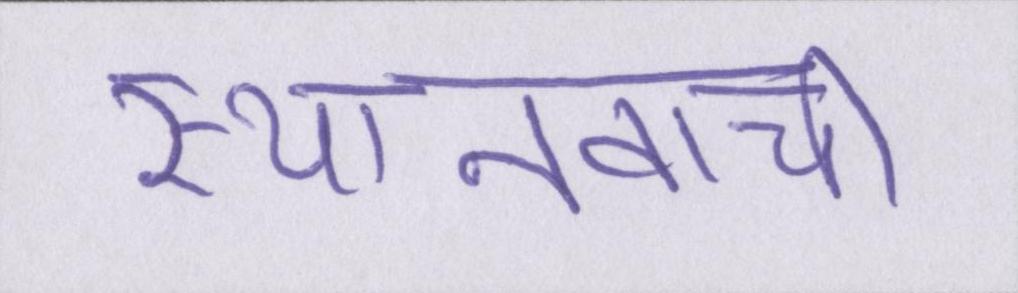
स्थानवाची